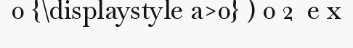
0 {\displaystyle a>0} ) 0 2  e x